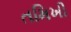
તમિખી